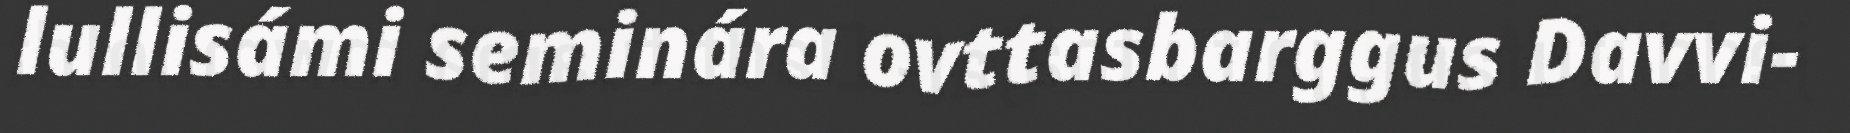
lullisámi seminára ovttasbarggus Davvi-